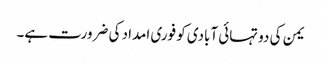
یمن کی دو تہائی آبادی کو فوری امداد کی ضرورت ہے۔